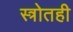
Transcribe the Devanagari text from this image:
स्त्रोतही